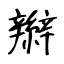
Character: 辮